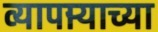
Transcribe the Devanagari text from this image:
व्यापार्‍याच्या